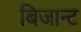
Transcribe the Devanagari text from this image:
बिजान्ट